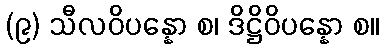
(၉) သီလဝိပန္နော စ၊ ဒိဋ္ဌိဝိပန္နော စ။